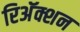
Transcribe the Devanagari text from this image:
रिअॅक्शन